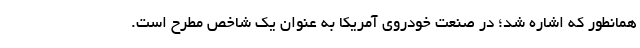
همانطور که اشاره شد؛ در صنعت خودروی آمریکا به عنوان یک شاخص مطرح است.